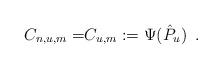
LaTeX: \begin{align*}{{C_{n,u,m}=}}C_{u,m}:=\Psi({\hat{P}}_{u})\enspace.\end{align*}